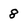
Character: 8